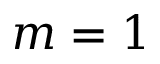
m = 1